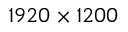
1 9 2 0 \times 1 2 0 0